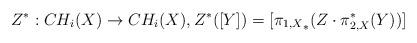
LaTeX: \begin{align*} Z^*: CH_i(X)\to CH_i(X), Z^*([Y])= [{\pi_{1,X}}_*(Z\cdot \pi_{2,X}^*(Y))]\end{align*}